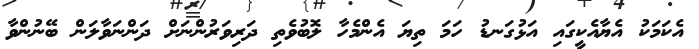
އެކަމަކު އެޔާއެކީގައި އަޅުގަނޑު ހަމަ ތިޔަ އެންމެހާ ލޮބުވެތި ދަރިވަރުންނަށް ދަންނަވާލަން ބޭނުންވާ